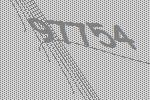
97754